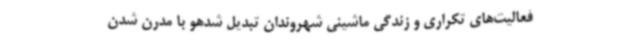
فعالیت‌های تکراری و زندگی ماشینی شهروندان تبدیل ‌شدهو با مدرن شدن